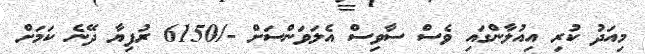
މިއަދު ކުރި އިއުލާންގައި ވެސް ސާވިސް އެލަވަންސަށް -/6150 ރުފިޔާ ދޭނެ ކަމަށް